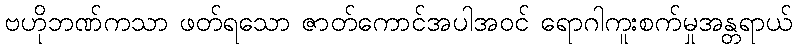
ဗဟိုဘဏ်ကသာ ဖတ်ရသော ဇာတ်ကောင်အပါအဝင် ရောဂါကူးစက်မှုအန္တရာယ်